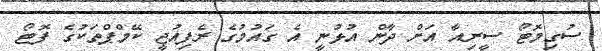
ސުގިމޮޓޯ ސީރިއާ އަށް ދާން އުޅުނީ އެ ގައުމުގެ ރެފިއުޖީ ކޭމްޕްތަކުގެ ފޮޓޯ